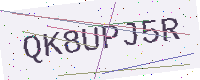
Text: QK8UPJ5R